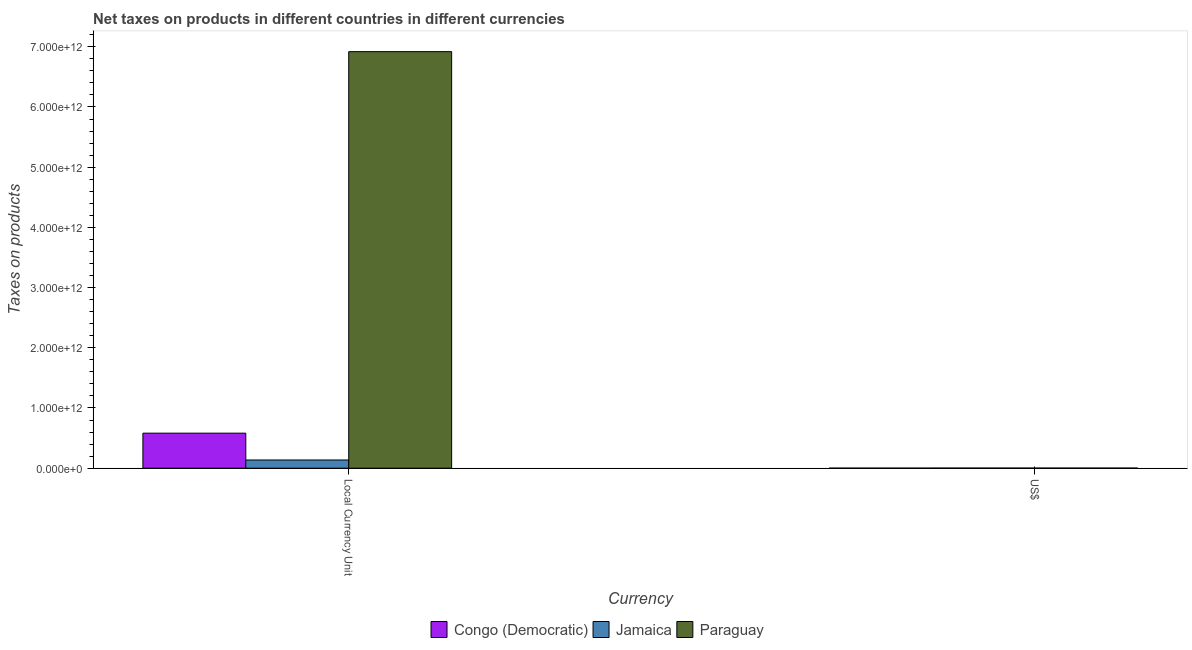
| Currency | Congo (Democratic) | Jamaica | Paraguay |
 | --- | --- | --- | --- |
 | Local Currency Unit | 5.82e+11 | 1.37e+11 | 6.92e+12 |
 | US$ | 7.19e+08 | 1.54e+09 | 1.39e+09 |